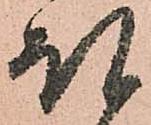
ほ